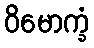
ဝိမောက္ခံ